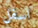
اسفل